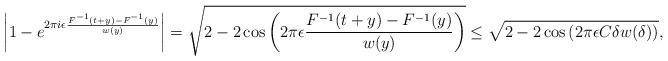
\begin{align*} \left|1-e^{2\pi i\epsilon\frac{F^{-1}(t+y)-F^{-1}(y)}{w(y)}}\right| = \sqrt{2-2\cos\left(2\pi \epsilon\frac{F^{-1}(t+y)-F^{-1}(y)}{w(y)}\right)} \leq \sqrt{2-2\cos\left(2\pi \epsilon C\delta w(\delta)\right)}, \end{align*}